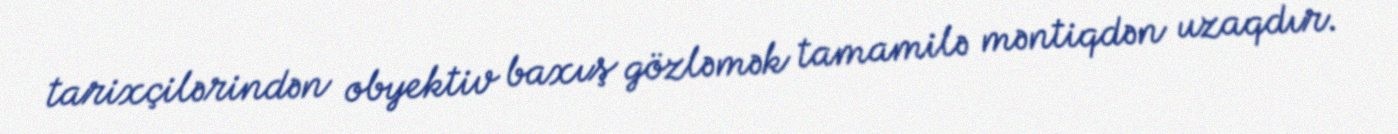
tarixçilərindən obyektiv baxış gözləmək tamamilə məntiqdən uzaqdır.